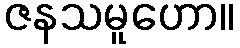
ဇနသမူဟော။